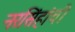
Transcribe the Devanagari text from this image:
नरसिंहांची